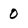
Character: 0